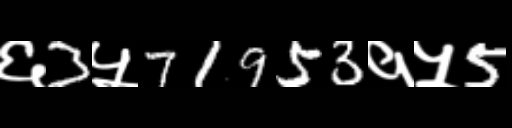
Text: ६3५71953१५5